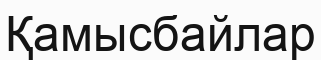
Қамысбайлар